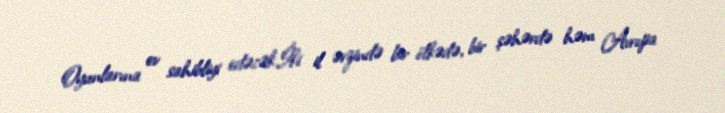
Oyunlarına ev sahibliyi edəcək.İki il ərzində bir ölkədə, bir şəhərdə həm Avropa